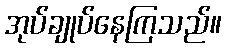
အုပ်ချုပ်နေကြသည်။